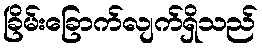
ခြိမ်းခြောက်လျက်ရှိသည်